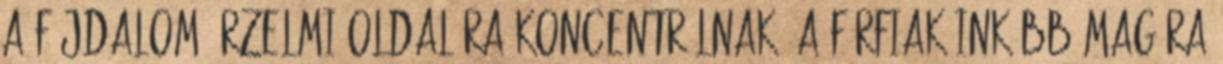
a fájdalom érzelmi oldalára koncentrálnak, a férfiak inkább magára